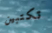
تكتبين